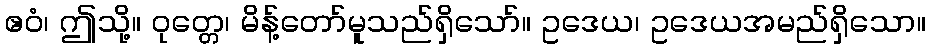
ဧဝံ၊ ဤသို့။ ဝုတ္တေ၊ မိန့်တော်မူသည်ရှိသော်။ ဥဒေယ၊ ဥဒေယအမည်ရှိသော။